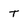
Character: T